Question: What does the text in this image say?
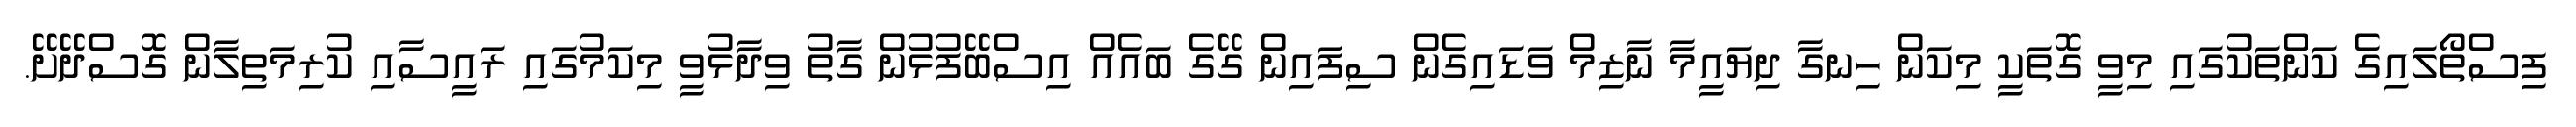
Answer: ފިސްތޯލައިގެ ކަންތަކުގައި މިވީ ގޮތަކީ މިކަން ހިނގާ ދިޔައީމާ ނާޒިމް ވަޑައިގެން ސިފައިން ގޭގެ ބައެއް އިސްބޭފުޅުން ގާތު ވިދާޅުވީ މިކަމުގައި ރައީސާއި ކުރިމަތިލާން ގޮސްދޭށޭ.